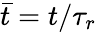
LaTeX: \bar{t}=t/\tau_{r}